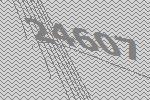
24607